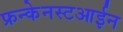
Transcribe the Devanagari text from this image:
फ्रन्केनस्टआईन